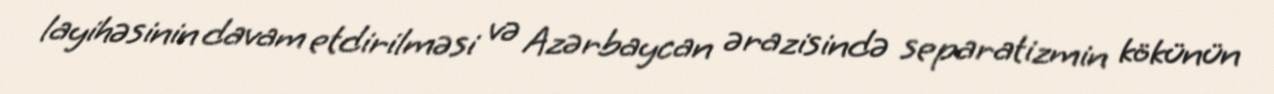
layihəsinin davam etdirilməsi və Azərbaycan ərazisində separatizmin kökünün